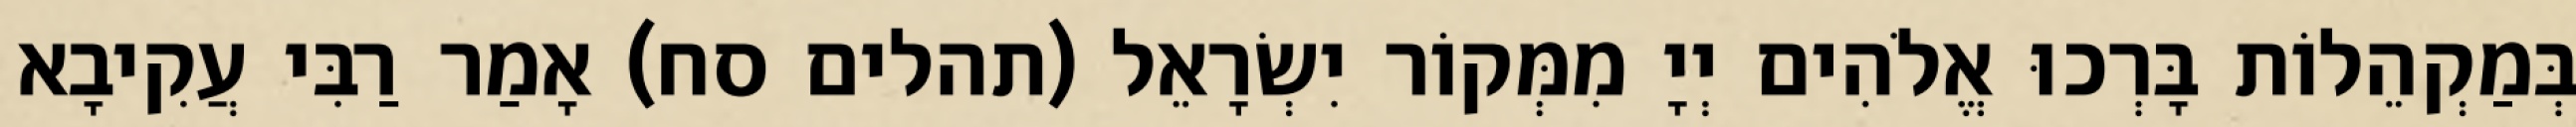
בְּמַקְהֵלוֹת בָּרְכוּ אֱלֹהִים יְיָ מִמְּקוֹר יִשְׂרָאֵל (תהלים סח) אָמַר רַבִּי עֲקִיבָא